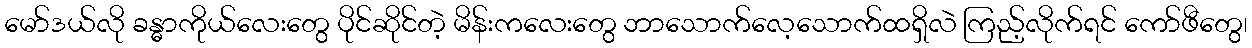
မော်ဒယ်လို ခန္ဓာကိုယ်လေးတွေ ပိုင်ဆိုင်တဲ့ မိန်းကလေးတွေ ဘာသောက်လေ့သောက်ထရှိလဲ ကြည့်လိုက်ရင် ကော်ဖီတွေ၊